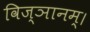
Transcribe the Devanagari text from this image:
विज्ञानम्।